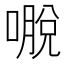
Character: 𭊕